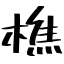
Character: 樵